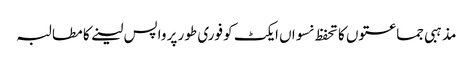
مذہبی جماعتوں کا تحفظ نسواں ایکٹ کو فوری طور پر واپس لینے کا مطالبہ